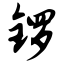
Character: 锣